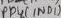
Text: PB3